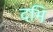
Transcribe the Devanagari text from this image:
दभि